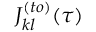
J _ { k l } ^ { ( t o ) } ( \tau )